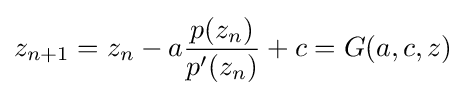
z_{n+1}=z_{n}-a{\frac {p(z_{n})}{p'(z_{n})}}+c=G(a,c,z)